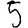
Digit: 5